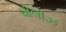
ચીલીઝ